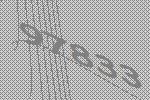
97833